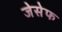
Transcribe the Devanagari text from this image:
जेसेफ